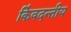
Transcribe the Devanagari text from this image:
किंवदन्तीय